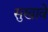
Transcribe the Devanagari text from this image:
सुखावे